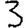
Digit: 3